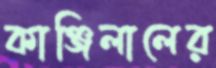
কাঞ্জিলালের